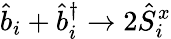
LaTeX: \hat{b}_{i}+\hat{b}_{i}^{\dagger}\rightarrow 2\hat{S}_{i}^{x}